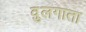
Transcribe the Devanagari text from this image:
वुलगाता